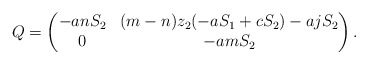
\begin{align*}Q=\begin{pmatrix}-anS_2&(m-n)z_2(-aS_1+cS_2)-ajS_2\cr0&-amS_2\end{pmatrix}.\end{align*}